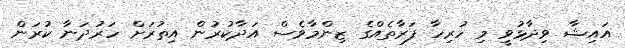
އައިޝާ ވިދާޅުވީ މި ހުރިހާ ފަރާތެއްގެ ޒިންމާވެސް އަދާކުރުން އިތުރަށް ހަރުދަނާ ކުރަން